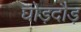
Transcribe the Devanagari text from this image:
घोड़दौड़